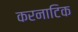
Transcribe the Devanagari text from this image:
करनाटिक